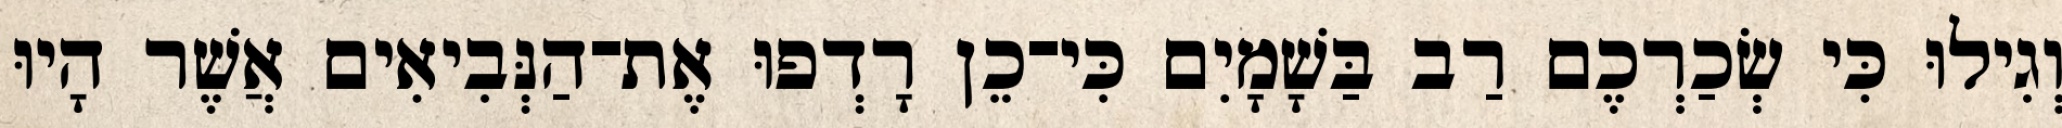
וְגִילוּ כִּי שְׂכַרְכֶם רַב בַּשָׁמָיִם כִּי־כֵן רָדְפוּ אֶת־הַנְּבִיאִים אֲשֶׁר הָיוּ